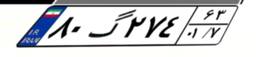
۴۲گ۱۴۴۷۵